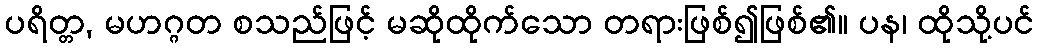
ပရိတ္တ, မဟဂ္ဂတ စသည်ဖြင့် မဆိုထိုက်သော တရားဖြစ်၍ဖြစ်၏။ ပန၊ ထိုသို့ပင်